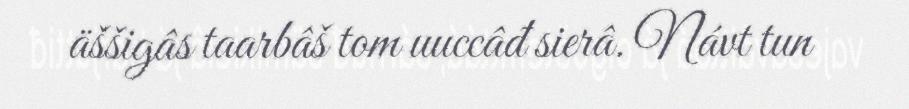
äššigâs taarbâš tom uuccâđ sierâ. Návt tun